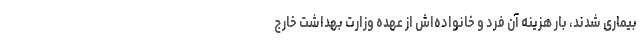
بیماری شدند، بار هزینه آن فرد و خانواده‌اش از عهده وزارت بهداشت خارج